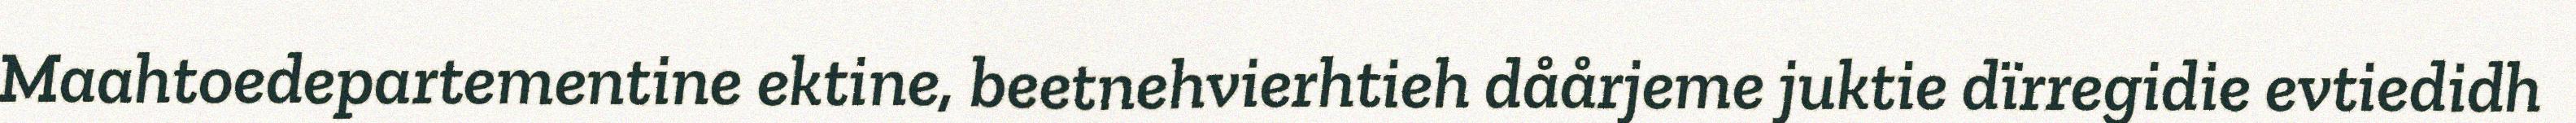
Maahtoedepartementine ektine, beetnehvierhtieh dåårjeme juktie dïrregidie evtiedidh